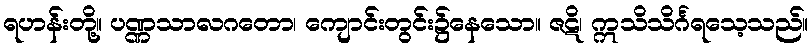
ရဟန်းတို့။ ပဏ္ဏသာလဂတော၊ ကျောင်းတွင်း၌နေသော။ ဇဋိ၊ ဣသိသိင်္ဂရသေ့သည်။